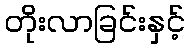
တိုးလာခြင်းနှင့်